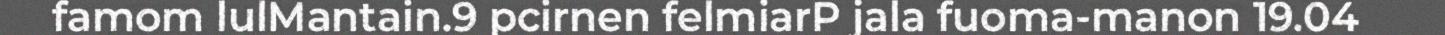
famom lulMantain.9 pcirnen felmiarP jala fuoma-manon 19.04